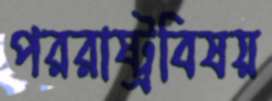
পররাষ্ট্রবিষয়